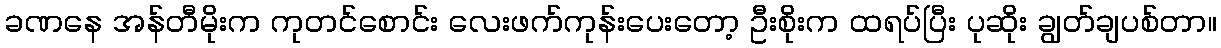
ခဏနေ အန်တီမိုးက ကုတင်စောင်း လေးဖက်ကုန်းပေးတော့ ဦးစိုးက ထရပ်ပြီး ပုဆိုး ချွတ်ချပစ်တာ။